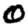
Digit: 0